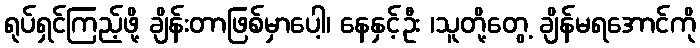
ရုပ်ရှင်ကြည့်ဖို့ ချိန်းတာဖြစ်မှာပေါ့၊ နေနှင့်ဦး ၊သူတို့တွေ့ ချိန်မရအောင်ကို